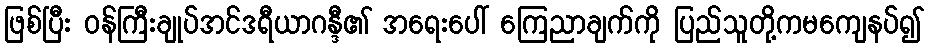
ဖြစ်ပြီး ဝန်ကြီးချုပ်အင်ဒရီယာဂန္ဒီ၏ အရေးပေါ် ကြေညာချက်ကို ပြည်သူတို့ကမကျေနပ်၍